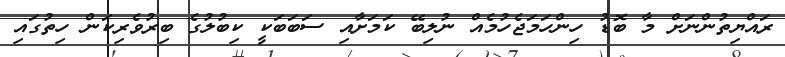
ރައްޔިތުންނަށް މާ ބޮޑު ހިންހަމަޖެހުމެއް ނުލިބޭ ކަމަށާއި ސަބަބަކީ ކިބުލުގެ ބިރުވެރިކަން ހިތުގައި